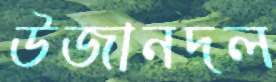
উজানদল